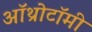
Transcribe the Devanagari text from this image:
ऑथ्रोटॉमी